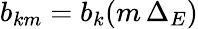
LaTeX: b_{km}=b_{k}(m\, \Delta_{E})